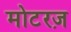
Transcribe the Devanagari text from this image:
मोटरज़